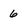
Character: 6